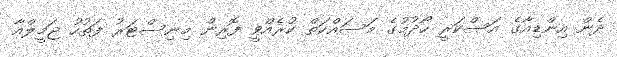
ދެން އިންޑިއާގެ އަސްކަރީ ހޯދުމުގެ މަސައްކަތް ކުރެއްވީ ފޮރިން މިނިސްޓަރު ފަތުހު ޖަމީލްއާ